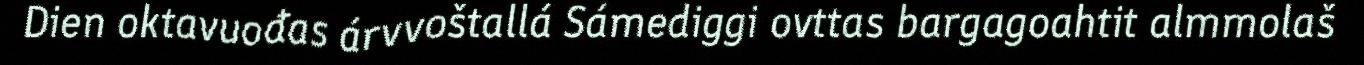
Dien oktavuođas árvvoštallá Sámediggi ovttas bargagoahtit almmolaš